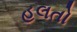
હલતો